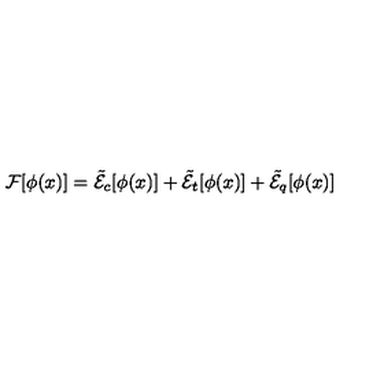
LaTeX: { \cal F } [ \phi ( x ) ] = \tilde { \cal E } _ { c } [ \phi ( x ) ] + \tilde { \cal E } _ { t } [ \phi ( x ) ] + \tilde { \cal E } _ { q } [ \phi ( x ) ]